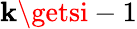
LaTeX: \mathbf{k}\getsi-1